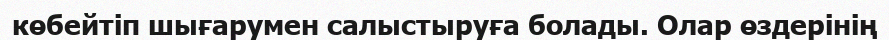
көбейтіп шығарумен салыстыруға болады. Олар өздерінің